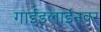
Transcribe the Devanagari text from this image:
गाईडलाईनवर